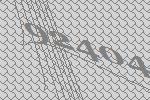
92404